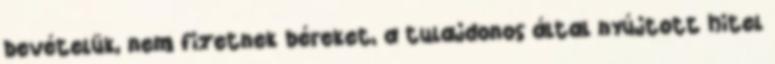
bevételük, nem fizetnek béreket, a tulajdonos által nyújtott hitel